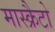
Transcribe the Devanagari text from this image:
मास्क्रैटो